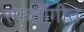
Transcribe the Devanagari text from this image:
स्फुर्तीगीत